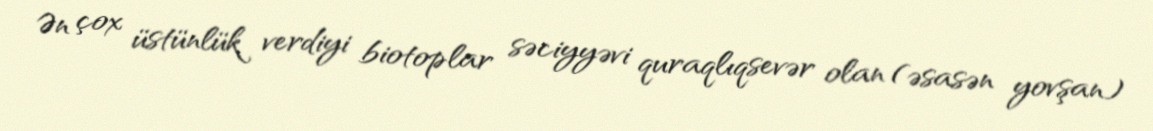
Ən çox üstünlük verdiyi biotoplar səciyyəvi quraqlıqsevər olan (əsasən yovşan)